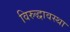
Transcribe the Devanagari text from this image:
विरुद्धावस्था